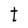
Character: t